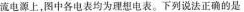
流电源上，图中各电表均为理想电表。下列说法正确的是